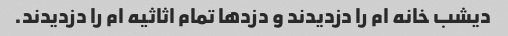
دیشب خانه ام را دزدیدند و دزدها تمام اثاثیه ام را دزدیدند.